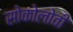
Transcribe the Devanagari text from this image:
सोकोलोवी